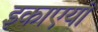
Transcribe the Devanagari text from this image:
इकाएयां